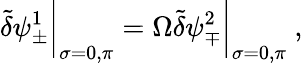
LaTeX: \tilde{\delta}\psi_{\pm}^{1}\bigg|_{\sigma=0,\pi}=\Omega\tilde{\delta}\psi_{\mp}^{2}\bigg|_{\sigma=0,\pi}~,